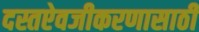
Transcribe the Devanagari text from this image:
दस्तऐवजीकरणासाठी